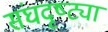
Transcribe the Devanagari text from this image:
संघदृष्ट्या